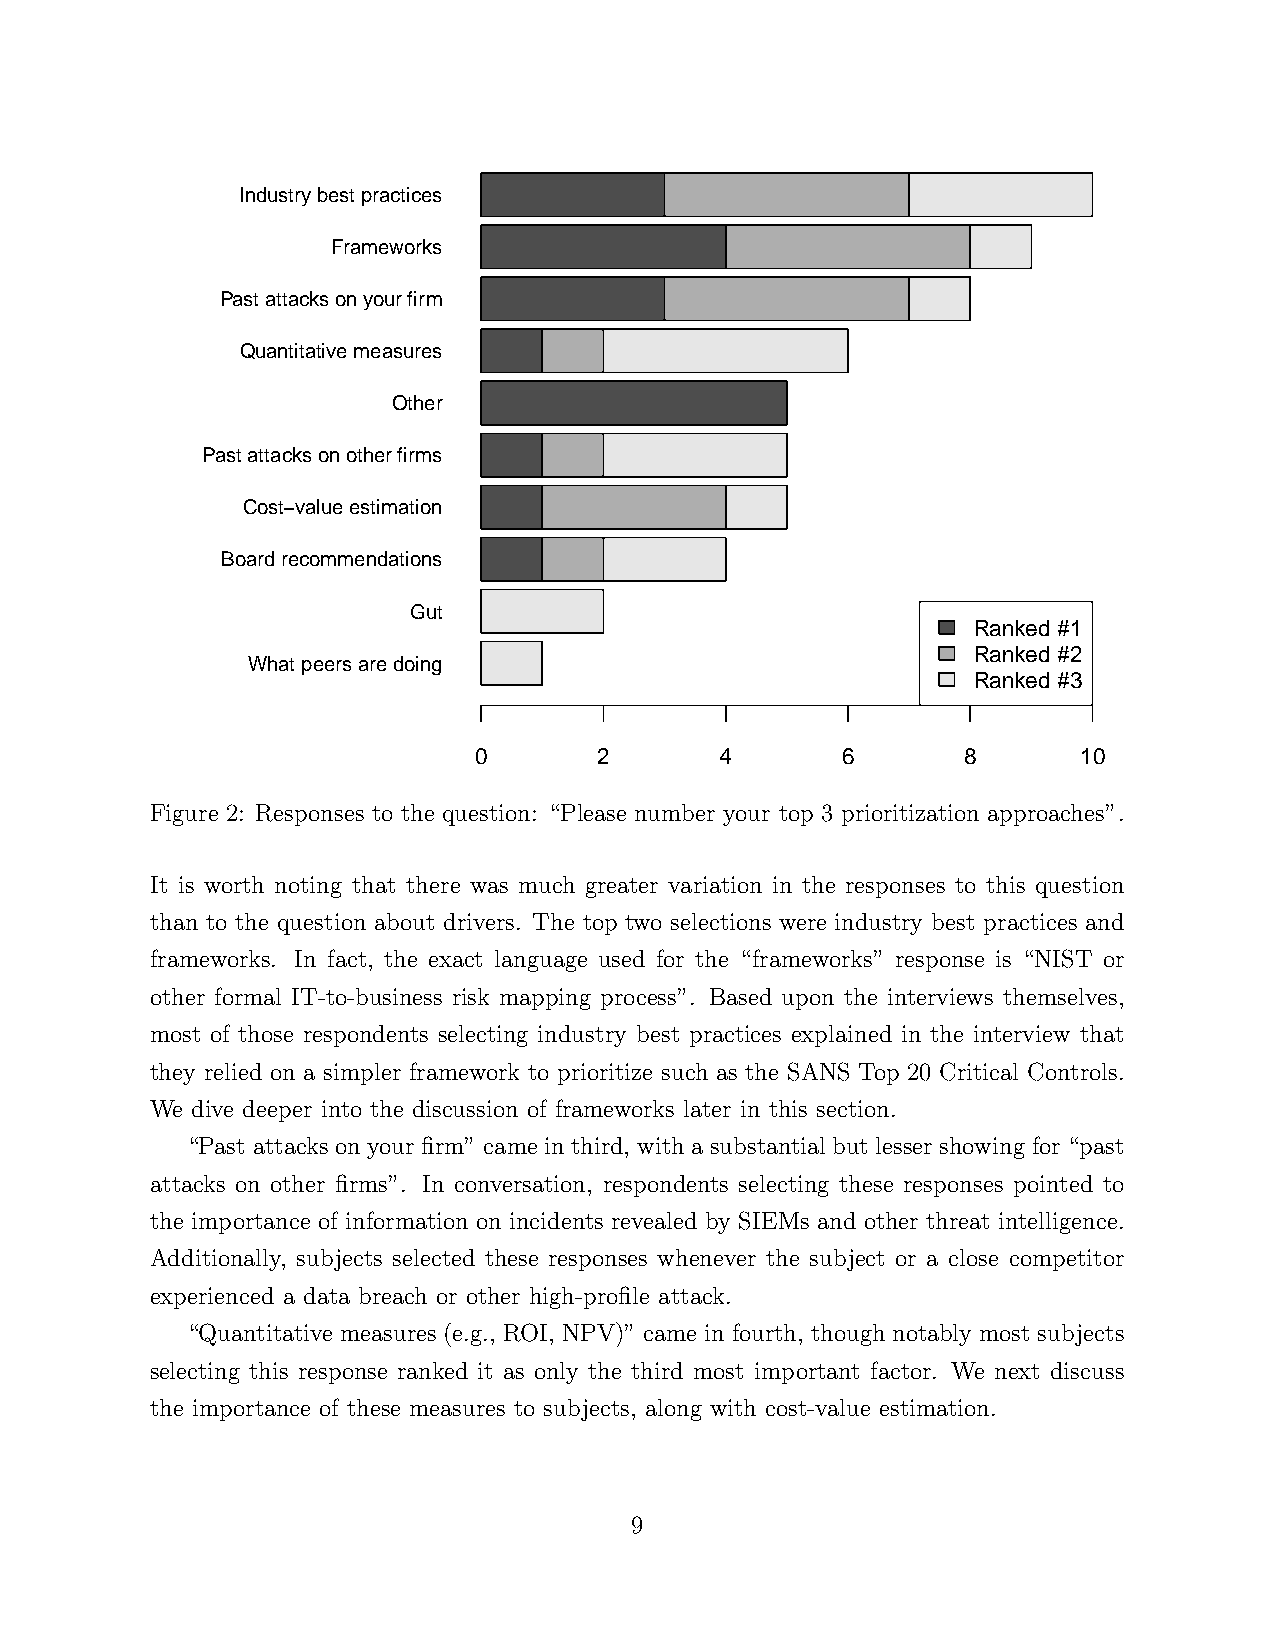
Industry best practices
 Frameworks
 Past attacks on your firm
 Quantitative measures
 Other
 Past attacks on other firms
 Cost−value estimation
 Board recommendations
 Gut
 Ranked #1
 Ranked #2
 What peers are doing
 Ranked #3
 0        2       4       6       8       10
 Figure 2: Responses to the question: “Please number your top 3 prioritization approaches”.
 It is worth noting that there was much greater variation in the responses to this question
 than to the question about drivers. The top two selections were industry best practices and
 frameworks. In fact, the exact language used for the “frameworks” response is “NIST or
 other formal IT-to-business risk mapping process”. Based upon the interviews themselves,
 most of those respondents selecting industry best practices explained in the interview that
 they relied on a simpler framework to prioritize such as the SANS Top 20 Critical Controls.
 We dive deeper into the discussion of frameworks later in this section.
 “Past attacks on your firm” came in third, with a substantial but lesser showing for “past
 attacks on other firms”. In conversation, respondents selecting these responses pointed to
 the importance of information on incidents revealed by SIEMs and other threat intelligence.
 Additionally, subjects selected these responses whenever the subject or a close competitor
 experienced a data breach or other high-profile attack.
 “Quantitative measures (e.g., ROI, NPV)” came in fourth, though notably most subjects
 selecting this response ranked it as only the third most important factor. We next discuss
 the importance of these measures to subjects, along with cost-value estimation.
 9